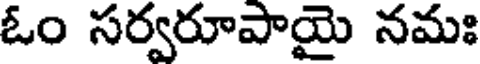
ఓం సర్వరూపాయై నమః